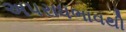
અપરાધભાવથી